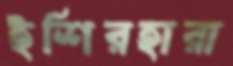
ইশিরহারা